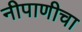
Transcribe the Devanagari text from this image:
नीपाणीचा